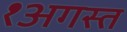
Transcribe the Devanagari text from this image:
१अगस्त